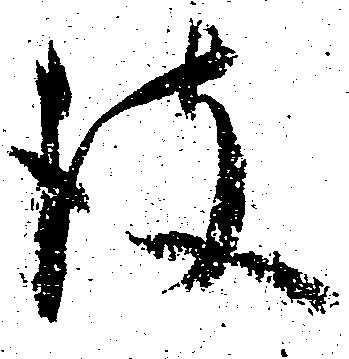
彼